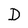
Character: D